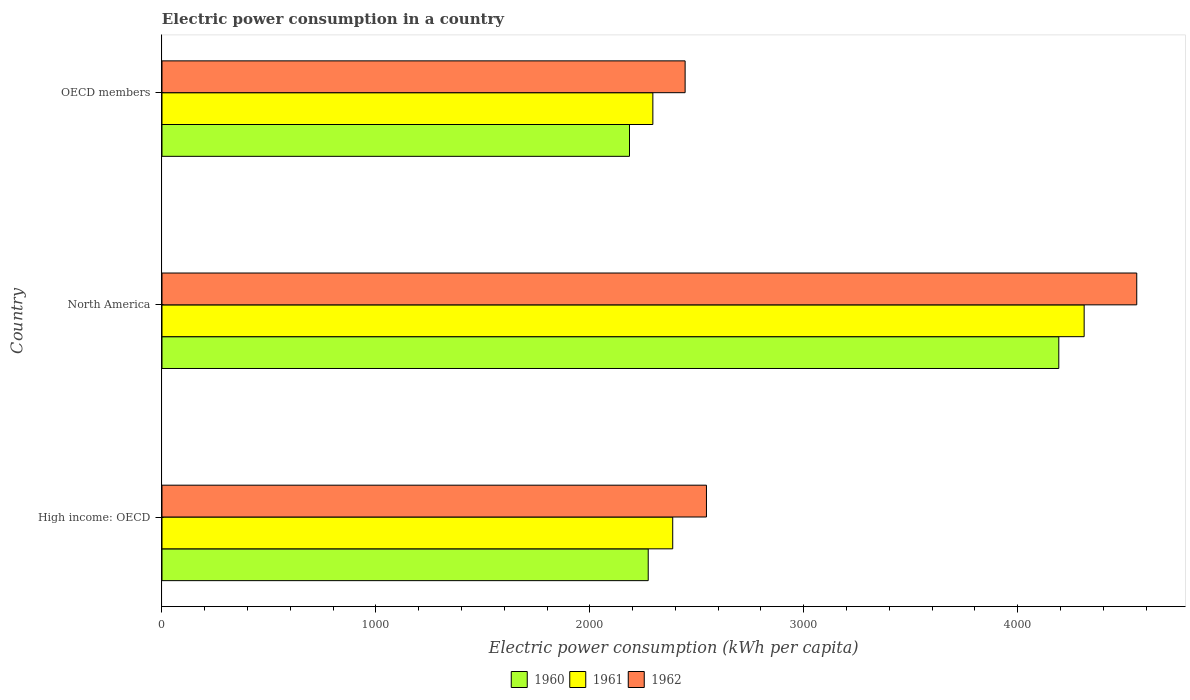
| Country | 1960 | 1961 | 1962 |
 | --- | --- | --- | --- |
 | High income: OECD | 2.27e+03 | 2.39e+03 | 2.55e+03 |
 | North America | 4.19e+03 | 4.31e+03 | 4.56e+03 |
 | OECD members | 2.19e+03 | 2.29e+03 | 2.45e+03 |